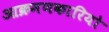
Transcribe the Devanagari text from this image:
आक्रमणकारियो